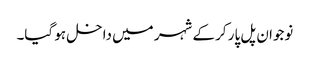
نوجوان پل پار کر کے شہر میں داخل ہو گیا۔